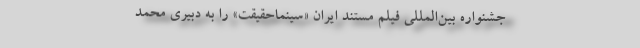
جشنواره بین‌المللی فیلم مستند ایران «سینماحقیقت» را به دبیری محمد